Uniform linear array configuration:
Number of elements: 8
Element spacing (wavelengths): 1
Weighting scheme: hamming
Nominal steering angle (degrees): -15
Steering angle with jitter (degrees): -15.869
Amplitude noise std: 0.05
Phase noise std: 0.05

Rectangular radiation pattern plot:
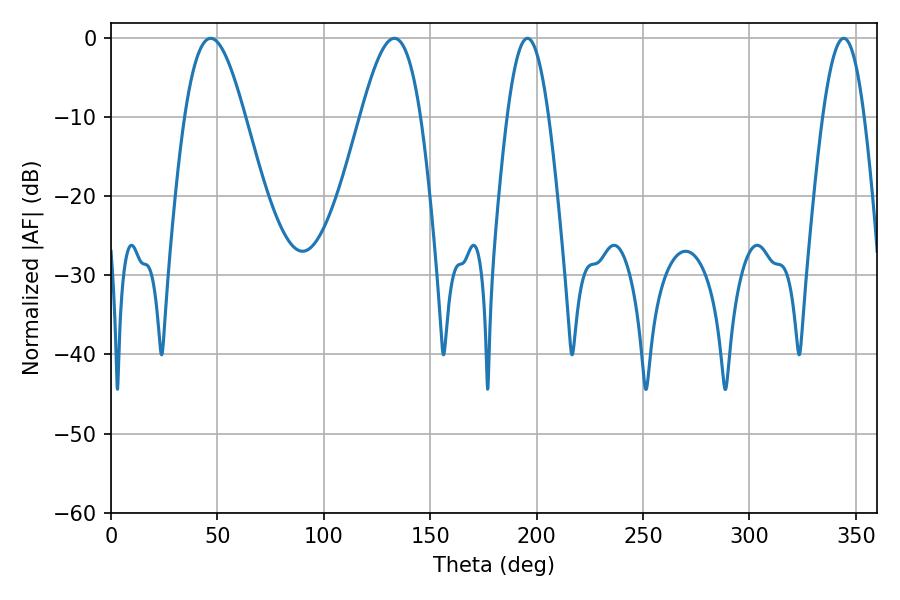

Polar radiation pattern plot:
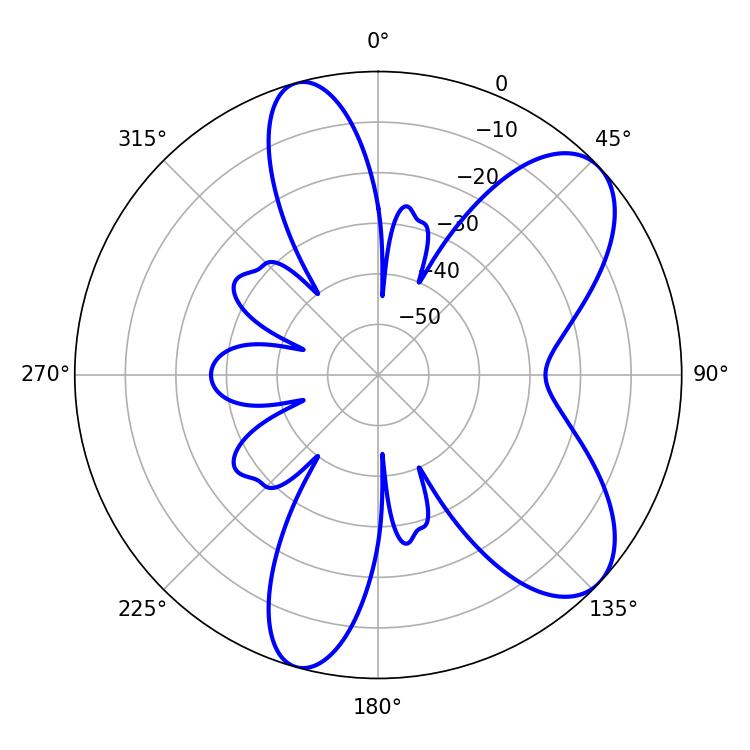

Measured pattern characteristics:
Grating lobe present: TRUE
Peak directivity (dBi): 7.935
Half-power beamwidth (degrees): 10.62
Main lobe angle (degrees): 195.66